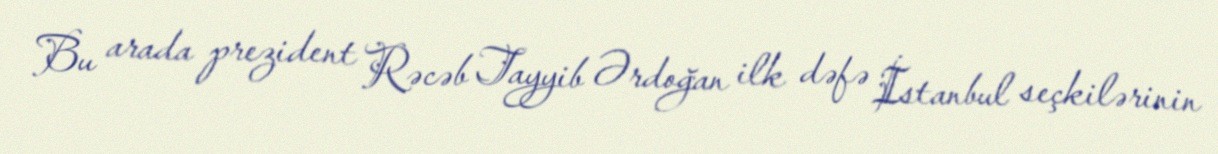
Bu arada prezident Rəcəb Tayyib Ərdoğan ilk dəfə İstanbul seçkilərinin